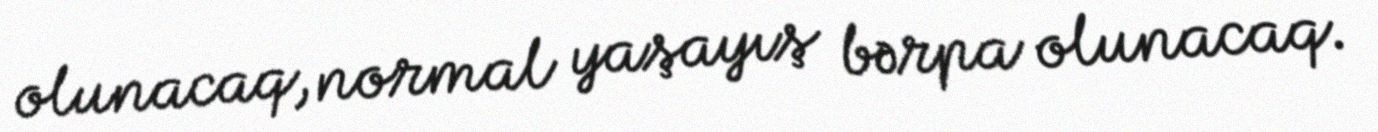
olunacaq, normal yaşayış bərpa olunacaq.